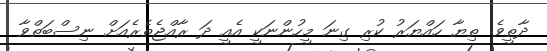
ދާތީވެ. ތިޔާ ހައްޔަރު ކުރި ގިނަ މީހުންނަކީ އެއީ ދަ ރާއްޖެތެރެއަށް ނިސްބަތްވާ